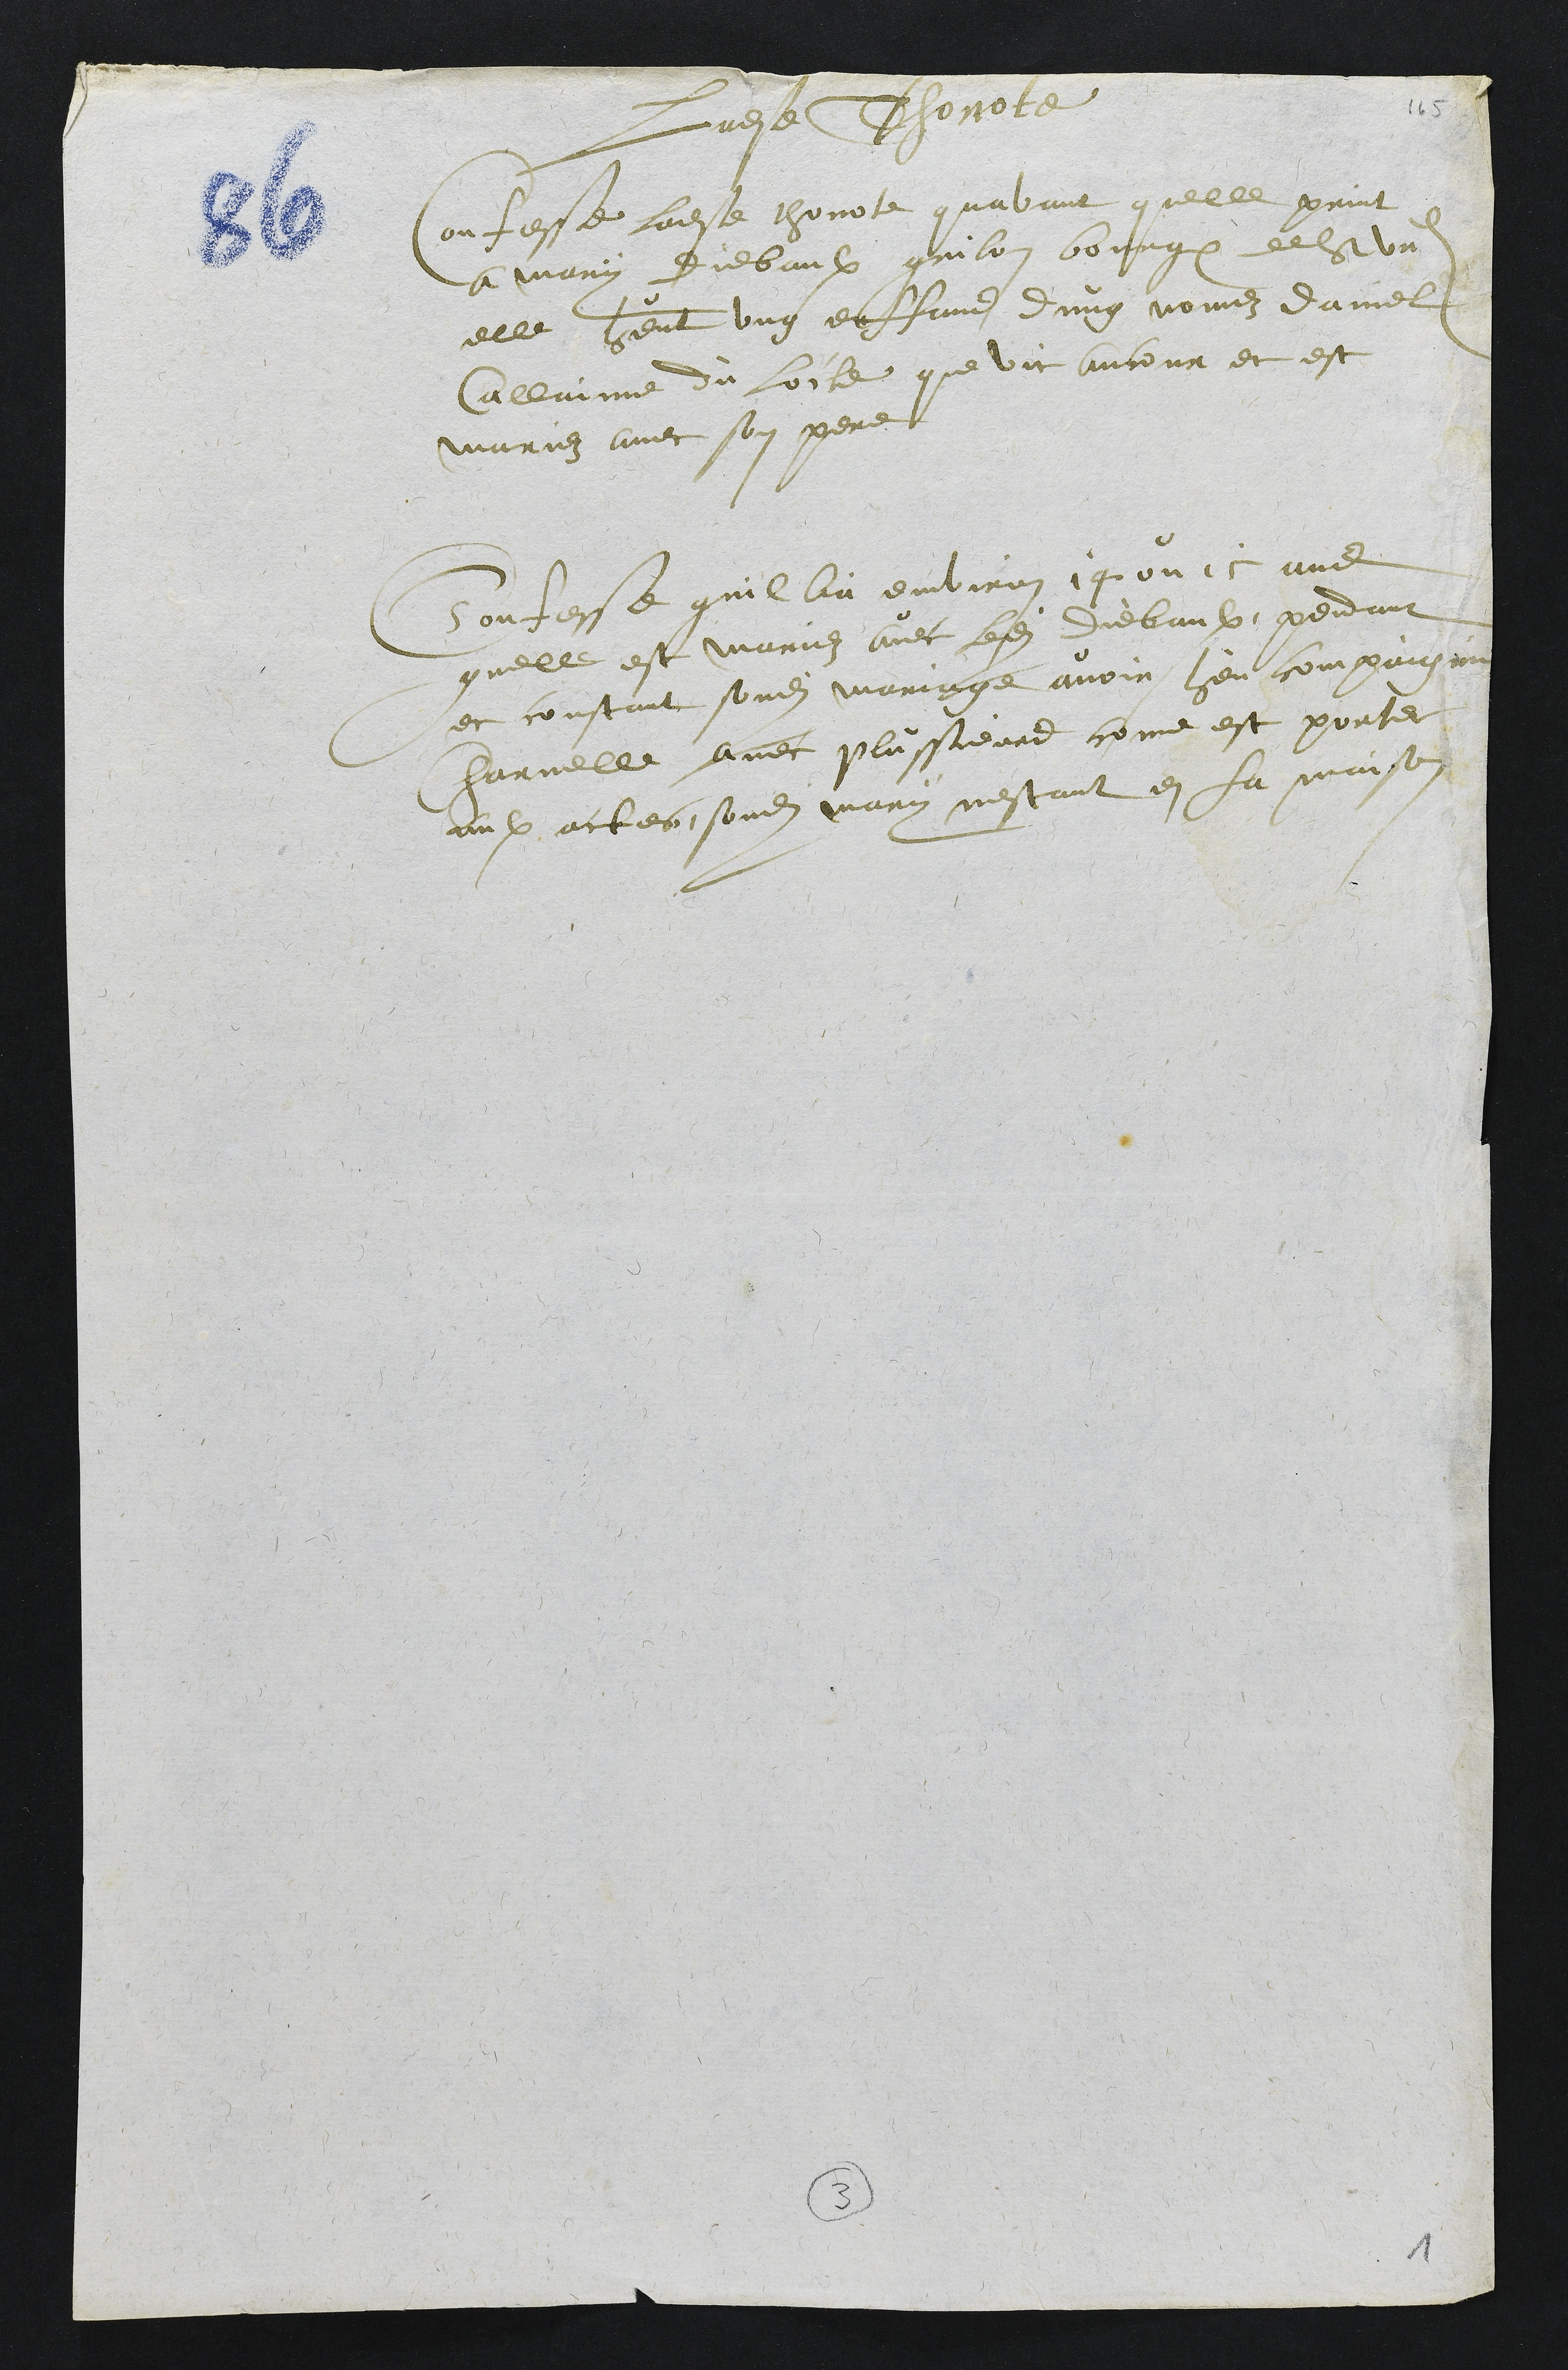
Ladite Thonote
Confesse ladite thonote quavant quelle print
a mary Diebaulx grilon bourgeois de St Ursanne
elle heut ung enffand dung nomez daniel
Callaime du Locle que vit ancour et est
mariez avec son pere
Confesse quil lia environ 14 ou 15 ans
quelle est mariez avec ledit Diebaulx, pendant
et constant sondit mariage avoir heu compaignie
Charnelle avec plussieurs come est porter
aulx actes, sondit mary nestant en la maison

3
1